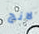
لانج